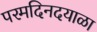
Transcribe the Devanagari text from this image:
परमदिनदयाळा